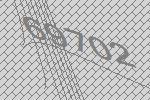
69702